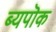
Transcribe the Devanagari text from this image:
ब्यपॊक